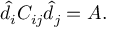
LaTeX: \hat { d } _ { i } C _ { i j } \hat { d } _ { j } = A .